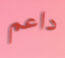
داعم